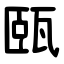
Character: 㼢